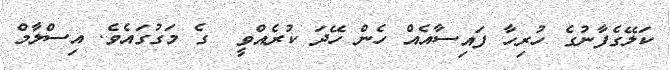
ކަލޭގެފާނުގެ ހުރިހާ ފައިސާއެއް ހެން ހޭދަ ކުރެއްވީ  ގެ މަގުގައެވެ. އިސްލާމް